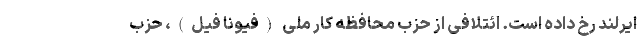
ایرلند رخ داده است. ائتلافی از حزب محافظه کار ملی (فیونا فیل)، حزب